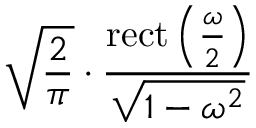
{ \sqrt { \frac { 2 } { \pi } } } \cdot { \frac { \operatorname { r e c t } \left( { \frac { \omega } { 2 } } \right) } { \sqrt { 1 - \omega ^ { 2 } } } }